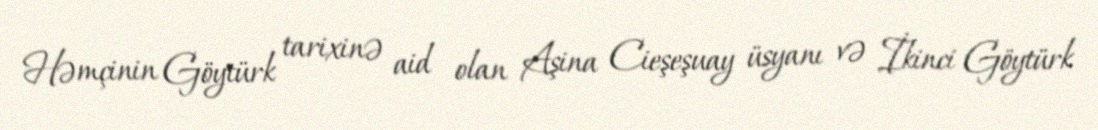
Həmçinin Göytürk tarixinə aid olan Aşina Cieşeşuay üsyanı və İkinci Göytürk